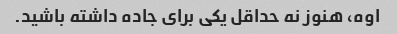
اوه، هنوز نه حداقل یکی برای جاده داشته باشید.